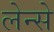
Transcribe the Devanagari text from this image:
लेन्से